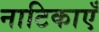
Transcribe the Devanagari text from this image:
नाटिकाएँ